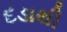
દડાથી